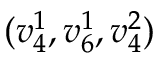
( v _ { 4 } ^ { 1 } , v _ { 6 } ^ { 1 } , v _ { 4 } ^ { 2 } )